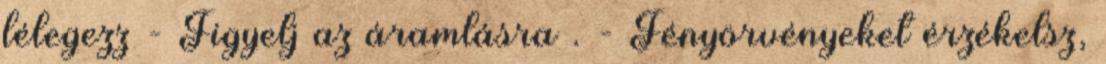
lélegezz - Figyelj az áramlásra . - Fényörvényeket érzékelsz,